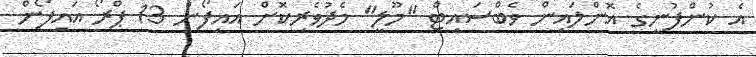
އެ ކުންފުނީގެ އޮންލައިން ވެބްސައިޓް "މޫލީ" މެދުވެރިކޮށް އައިފޯން 13 ޕްރޯ އައިފޯން